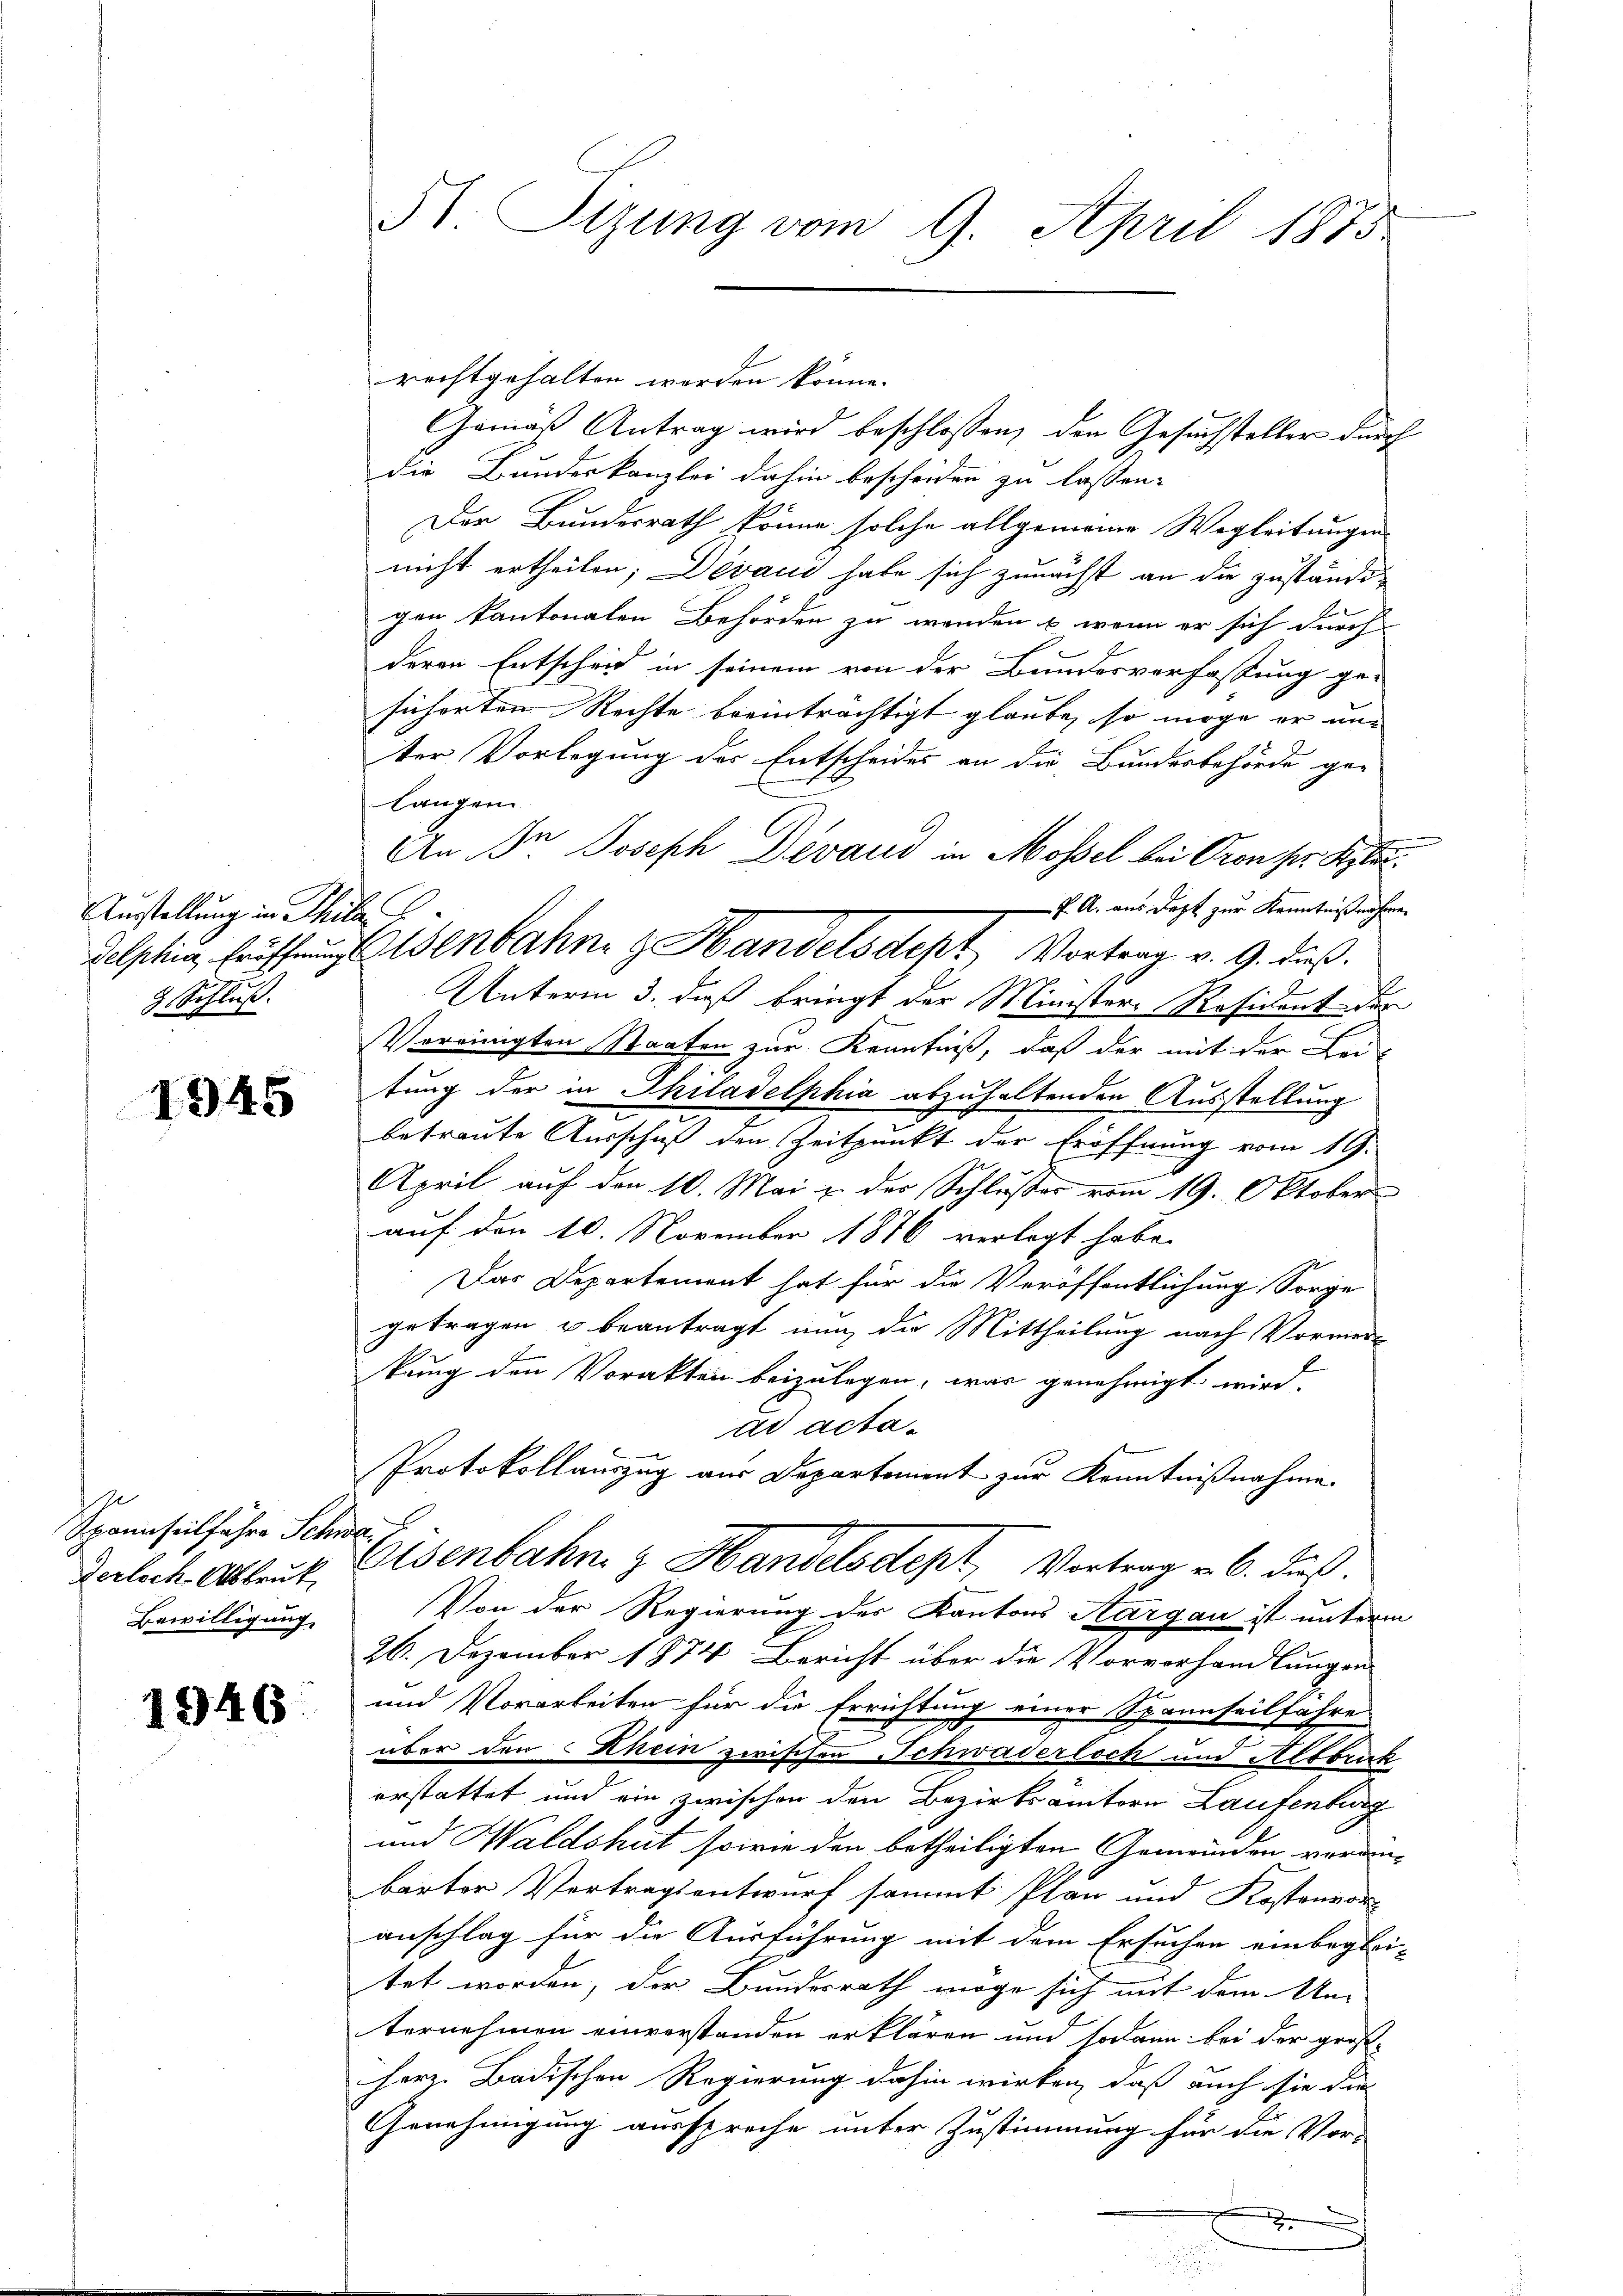
Ausstellung in Phila
2 Schluß.

1945

d
Spannseil führe Schwarz
erloch Abbruck,
Bewilligung,

1946

rechtgehalten werden könne.
Gemäß Antrag wird beschlossen, den Gesuchsteller durch
die Bundeskanzlei dahin bescheiden zu lassen.
Der Bundesrath könne solche allgemeine Wegleitungen
nicht ertheilen; Devac habe sich zunächst an die zuständegen kantonalen Behörden zu wenden u. wenn er sich durch
deren Entscheid in seinem von der Bundesverfassung ge-
sicherten Rechte beeinträchtigt glaube, so möge er nur
ter Vorlegung der Entscheides an die Bundesbehörde ge-
langen
An Dr Joseph Devand in Mossel bei Pron her Kle
P A. aus Dept zur Kenntnißnahen
delphia, Eröffnung Asenbahn z. Handelsdept Vortrag v. 9. dieß.
Unterm 3. daß bringt der Ministere Resident der
Vereinigten Staaten zur Kenntniß, daß der mit der Lei-
tung der in Philadelphia abzuhaltenden Ausstellung
betraute Ausschuß den Zeitpunkt der Eröffnung vom 19.
April auf den 10. Mai & der Schlusser vom 19. Oktober
auf den 10. November 1876 verlegt habe.
Das Departement hat für die Veröffentlichung Sorge
getragen u beantragt nun, die Mittheilung nach Vormerkung den Vorakten beizulegen, war genehmigt wird.
ad acta¬
Protokollauszug aus Departement zur Kenntnißnahme
Eisenbahn & Handelsdept, Vortrag v. 6. daß
Von der Regierung der Kantons Aargau ist unterm
26. Dezember 1874 Bericht über die Vorverhandlungen
und Vorarbeiten für die Errichtung einer Spannseilfahre
über den Rhein zwischen Schwaderloch und Abbruck
erstattet und ein zwischen den Bezirksämtern Laufenburg
und Waldshut sowie den betheiligten Gemeinden veran-
bärter Vertragsentwurf sammt Plan und Kostenvor-
anschlag für die Ausführung mit dem Ersuchen einbeglei-
tet worden, der Bundesrath möge sich mit dem An-
ternehmen einverstanden erklären und sodann bei der groß-
Herz. Badischen Regierung dahin wirken, daß auch sie die
Genehmigung ausspreche unter Zustimmung für die Vor-
.

51. Sizung vom 9. April 1875.